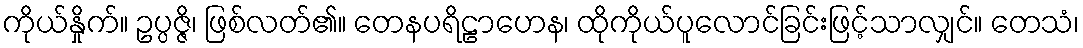
ကိုယ်နှိုက်။ ဥပ္ပဇ္ဇိ၊ ဖြစ်လတ်၏။ တေနပရိဠာဟေန၊ ထိုကိုယ်ပူလောင်ခြင်းဖြင့်သာလျှင်။ တေသံ၊